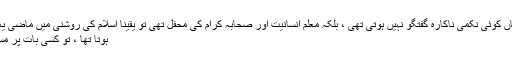
آپ نے غلط سمجھا ، وہاں کوئی نکمی ناکارہ گفتگو نہیں ہوتی تھی ، بلکہ معلم انسانیت اور صحابہ کرام کی محفل تھی تو یقیناً اسلام کی روشنی میں ماضی یعنی دور جہالت کا تذکرہ
ہوتا تھا ، تو کسی بات پر مسکرا بھی دیتے ہونگے ۔